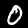
Digit: 0